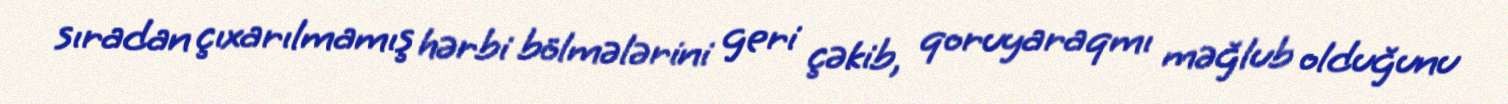
sıradan çıxarılmamış hərbi bölmələrini geri çəkib, qoruyaraqmı məğlub olduğunu